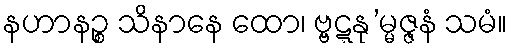
နဟာနဉ္စ သိနာနေ ထော၊ ဗ္ဗဋ္ဋနု’မ္မဇ္ဇနံ သမံ။